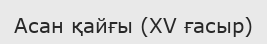
Асан қайғы (XV ғасыр)